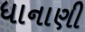
ધાનાણી